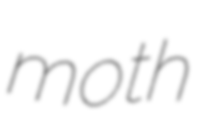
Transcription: moth